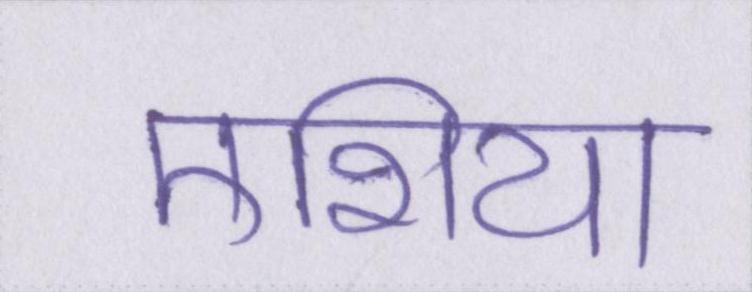
एशिया